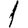
Digit: 1